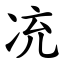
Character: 㓍